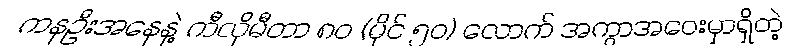
ကနဦးအနေနဲ့ ကီလိုမီတာ ၈၀ (မိုင် ၅၀) လောက် အကွာအဝေးမှာရှိတဲ့